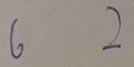
6 2